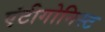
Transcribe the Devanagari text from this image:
एंटीगोनिस्ट